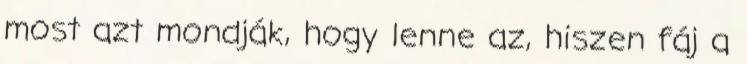
most azt mondják, hogy lenne az, hiszen fáj a